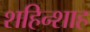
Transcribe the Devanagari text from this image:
शहिन्शाह